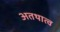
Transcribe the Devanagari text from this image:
अतथात्व